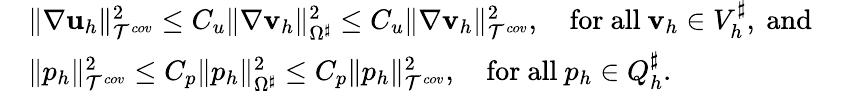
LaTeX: \begin{array}{rlr}&{\| \nabla\mathbf{u}_{h}\| _{\mathcal{T}^{cov}}^{2}\leq C_{u}\| \nabla\mathbf{v}_{h}\| _{\Omega^{\sharp}}^{2}\leq C_{u}\| \nabla\mathbf{v}_{h}\| _{\mathcal{T}^{cov}}^{2},\quad\mathrm{for~all~}\mathbf{v}_{h}\in V_{h}^{\sharp},\mathrm{~and~}}&\\ &{\| p_{h}\| _{\mathcal{T}^{cov}}^{2}\leq C_{p}\| p_{h}\| _{\Omega^{\sharp}}^{2}\leq C_{p}\| p_{h}\| _{\mathcal{T}^{cov}}^{2},\quad\mathrm{for~all~}p_{h}\in Q_{h}^{\sharp}.}&\end{array}